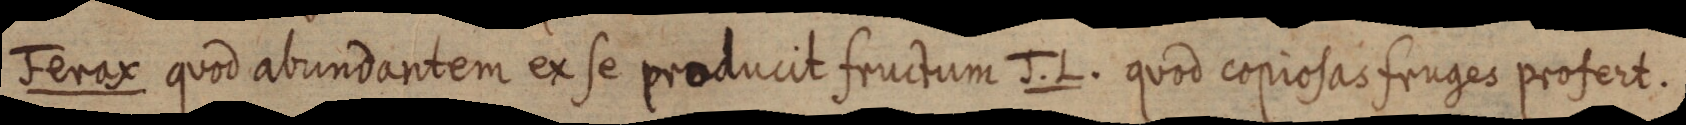
Ferax quod abundantem ex se producit fructum J.L. quod copiosas fruges profert.